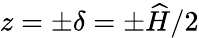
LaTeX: z=\pm\delta=\pm\widehat{H}/2